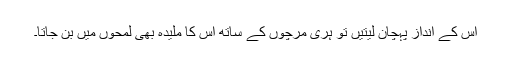
اس کے انداز پہچان لیتیں تو ہری مرچوں کے ساتھ اس کا ملیدہ بھی لمحوں میں بن جاتا۔